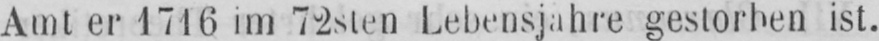
Amt er 1716 im 72sten Lebensjahre gestorben ist.